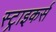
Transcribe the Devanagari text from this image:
स्‍ट्राइकर्स